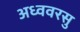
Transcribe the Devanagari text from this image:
अध्ववरसु